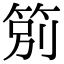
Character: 䇷